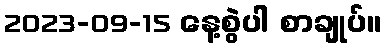
2023-09-15 နေ့စွဲပါ စာချုပ်။